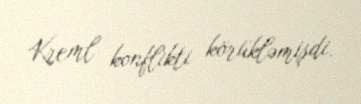
Kreml konflikti körükləmişdi.